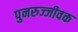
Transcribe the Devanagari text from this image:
पुनरुज्जीवक